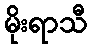
မိုးရာသီ